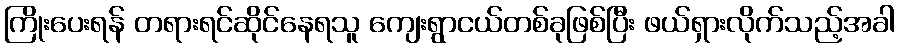
ကြိုးပေးရန် တရားရင်ဆိုင်နေရသူ ကျေးရွာငယ်တစ်ခုဖြစ်ပြီး ဖယ်ရှားလိုက်သည့်အခါ